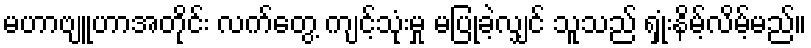
မဟာဗျူဟာအတိုင်း လက်တွေ့ ကျင့်သုံးမှု မပြုခဲ့လျှင် သူသည် ရှုံးနိမ့်လိမ့်မည်။